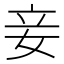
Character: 妾